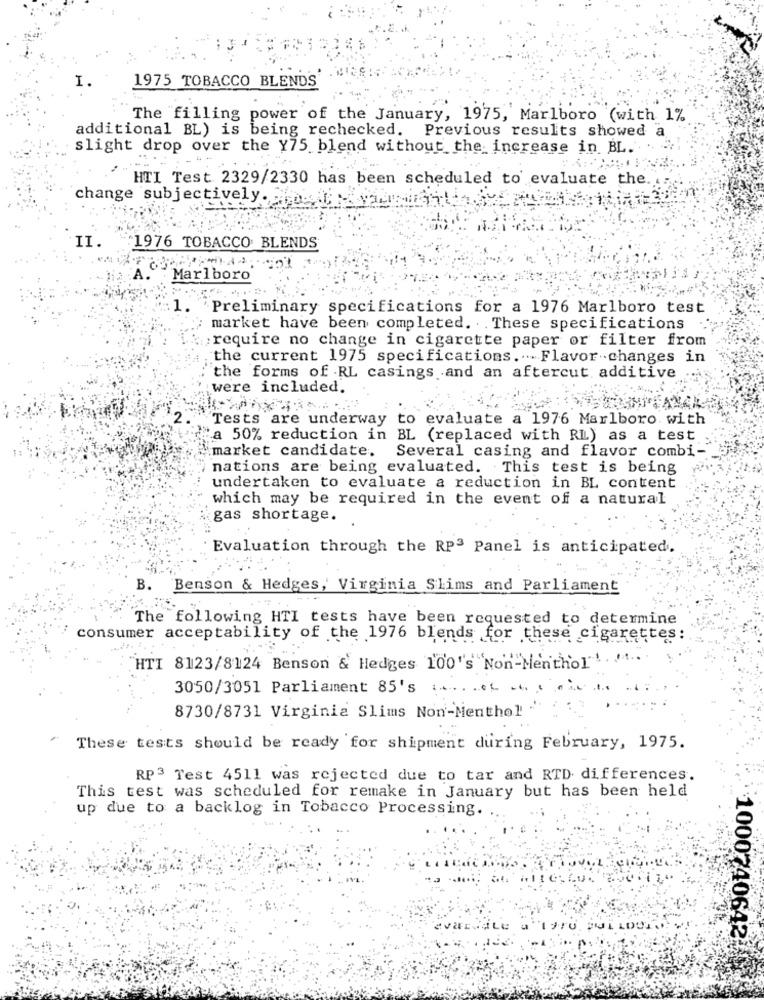
1975 TOBACCO BLENDS
The filling power of the January, 1975, Marlboro (with 1%
additional BL) is being rechecked.
Previous results showed a
slight drop over the Y75 blend without the increase in BL ....
HTI Test 2329/2330 has been scheduled to evaluate the.
change subjectively.
1976 TOBACCO BLENDS
Marlboro
1.
"Preliminary specifications for a 1976 Marlboro test
market have been completed. .. These specifications
; require no change in cigarette paper or filter from
the current 1975 specifications ... Flavor changes in
the forms of RL casings and an aftercut additive
were included.
Tests are underway to evaluate a 1976 Marlboro. with
a 50% reduction in BL (replaced with RL) as a test
"market candidate. Several casing and flavor combi-
nations are being evaluated. This test is being
undertaken to evaluate a reduction in BL content
which may be required in the event of a natural
:gas shortage.
Evaluation through the RPª Panel is anticipated.
B.
Benson & Hedges, Virginia Slims and Parliament
The following HTI tests have been requested to determine
consumer acceptability of the 1976 blends for these cigarettes:
HTI 8123/8124 Benson & Hedges 100''s "Non-Menthol"
3050/3051 Parliament 85's :...... ...
8730/8731 Virginia Slims Non-Menthol
These tests should be ready for shipment during February, 1975.
RP3 Test 4511 was rejected due to tar and RTD differences.
This test was scheduled for remake in January but has been held
up due to a backlog in Tobacco Processing.
1000740642